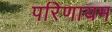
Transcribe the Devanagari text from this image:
परिणायम